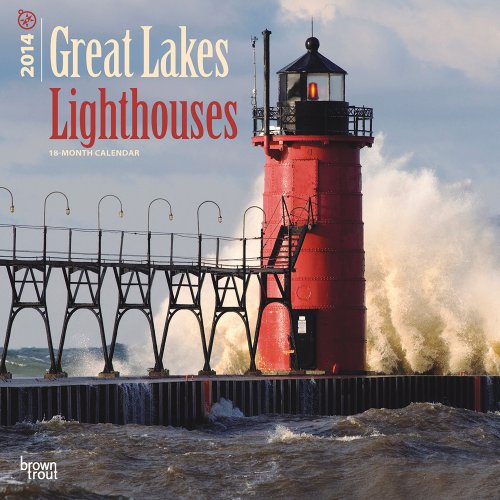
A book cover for Great Lakes Lighthouses Calendar (Multilingual Edition); Calendars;